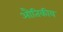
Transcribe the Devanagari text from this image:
औतिकीय